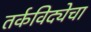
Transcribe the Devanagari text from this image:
तर्कविद्येचा